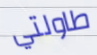
طاولتي